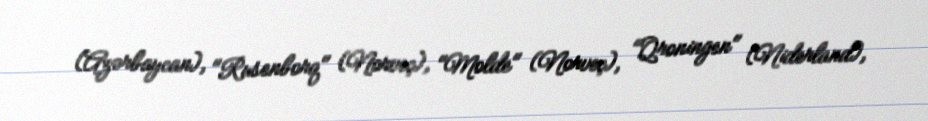
(Azərbaycan), "Rusenborq" (Norveç), "Molde" (Norveç), "Qroningen" (Niderland),